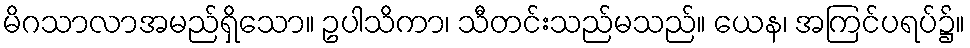
မိဂသာလာအမည်ရှိသော။ ဥပါသိကာ၊ သီတင်းသည်မသည်။ ယေန၊ အကြင်ပရပ်၌။